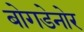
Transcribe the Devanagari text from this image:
बोगडेनोर